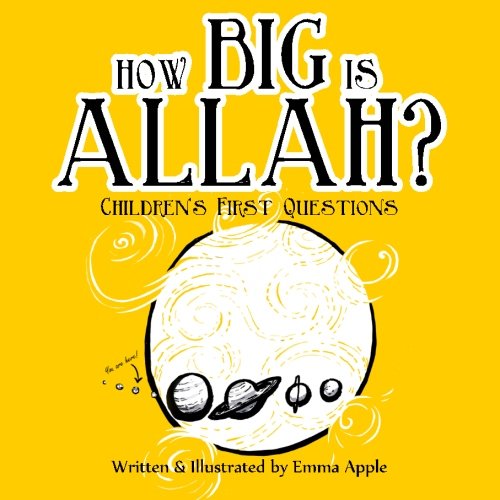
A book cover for How Big Is Allah? (Children's First Questions) (Volume 1); Emma Apple; Children's Books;